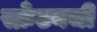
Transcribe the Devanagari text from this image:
स्क्रँटनची